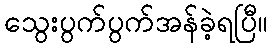
သွေးပွက်ပွက်အန်ခဲ့ရပြီ။